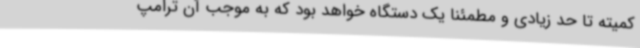
کمیته تا حد زیادی و مطمئنا یک دستگاه خواهد بود که به موجب آن ترامپ